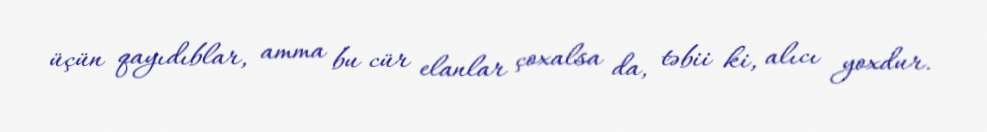
üçün qayıdıblar, amma bu cür elanlar çoxalsa da, təbii ki, alıcı yoxdur.